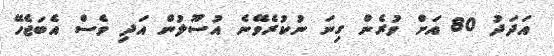
އަދަދު 80 އަށް ވުރެން ގިނަ ނުކުރެވޭނެ އުސޫލުން އަދި ވެސް އެބަޖެހޭ